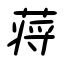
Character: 蒋